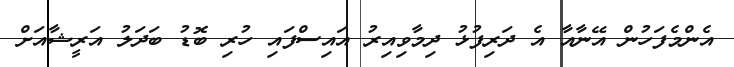
އެންމެފަހުން އޭނާއާ އެ ދަރިފުޅު ދިމާވިއިރު އައިސްފައި ހުރި ބޮޑު ބަދަލު އަރީޝާއަށް